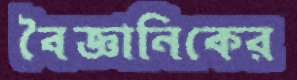
বৈজ্ঞানিকের